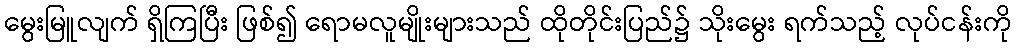
မွေးမြူလျက် ရှိကြပြီး ဖြစ်၍ ရောမလူမျိုးများသည် ထိုတိုင်းပြည်၌ သိုးမွေး ရက်သည့် လုပ်ငန်းကို